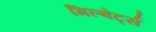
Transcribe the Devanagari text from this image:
गिल्बेर्ट्स